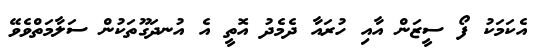
އެކަމަކު ފޯ ސީޒަން އާއި ހުރައާ ދެމެދު އޮތީ އެ އުނދަގޫތަކުން ސަލާމަތްވެވޭ